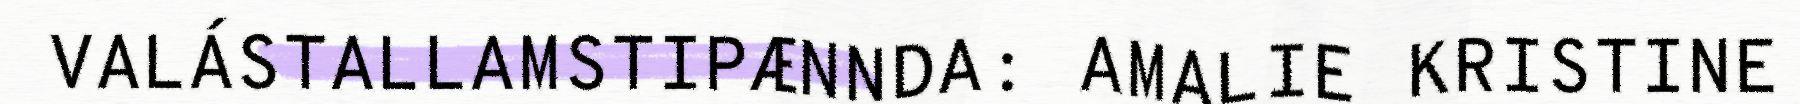
VALÁSTALLAMSTIPÆNNDA: AMALIE KRISTINE